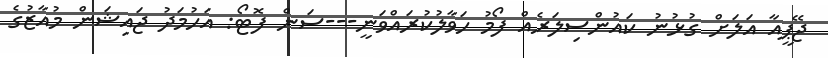
ޖޭޕީއާ އަލަށް ގުޅުނު ކައުންސިލަރެއް ފޯމު ހަވާލުކުރައްވަނީ---ސަން ފޮޓޯ: އަހުމަދު ޖައިޝަން މުއާޒުގެ